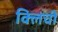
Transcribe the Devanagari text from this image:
क्लिची